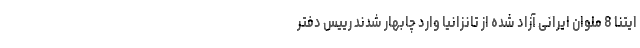
ایتنا 8 ملوان ایرانی آزاد شده از تانزانیا وارد چابهار شدند رییس دفتر